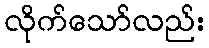
လိုက်သော်လည်း